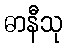
ဓာနီသု